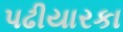
પઢીયારકા